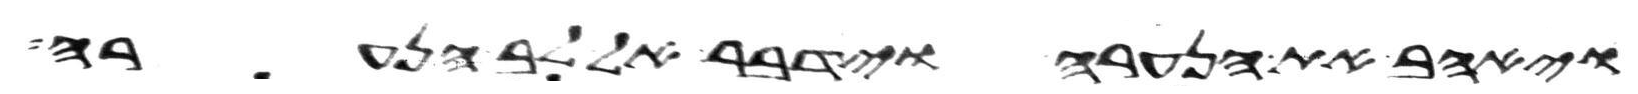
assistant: ויאהב את הנערה וידבר אל לב הנערה